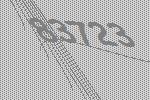
83723